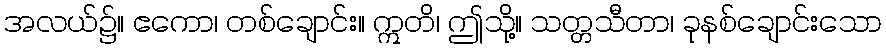
အလယ်၌။ ဧကော၊ တစ်ချောင်း။ ဣတိ၊ ဤသို့။ သတ္တသီတာ၊ ခုနစ်ချောင်းသော